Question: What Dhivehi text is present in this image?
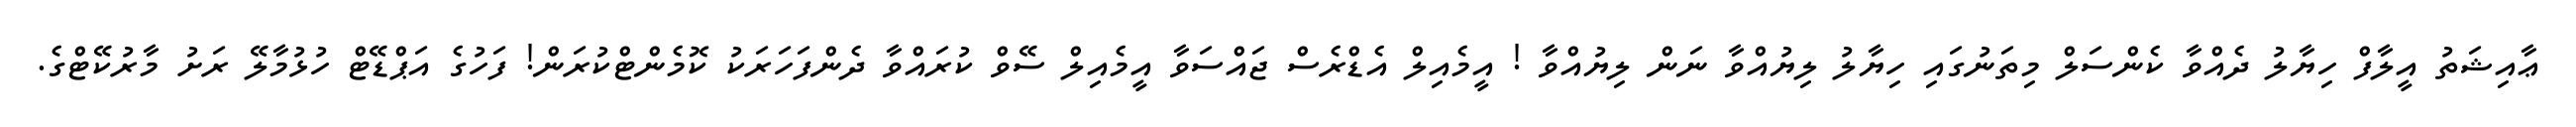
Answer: ޢާއިޝަތު އީލާފް ހިޔާލު ދެއްވާ ކެންސަލް މިތަނުގައި ހިޔާލު ލިޔުއްވާ ނަން ލިޔުއްވާ ! އީމެއިލް އެޑްރެސް ޖައްސަވާ އީމެއިލް ސޭވް ކުރައްވާ ދެންފަހަރަކު ކޮމެންޓްކުރަން! ފަހުގެ އަޕްޑޭޓް ހުޅުމާލޭ ރަށު މާރުކޭޓްގެ.